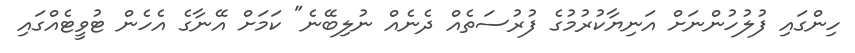
ހިންގައި ފުލުހުންނަށް އަނިޔާކުރުމުގެ ފުރުސަތެެއް ދެނެއް ނުލިބޭނެ" ކަމަށް އޭނާގެ އެހެން ޓުވީޓެއްގައި